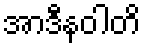
အာဒီနဝါတိ